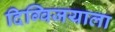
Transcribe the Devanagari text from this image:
दिग्विजयाला